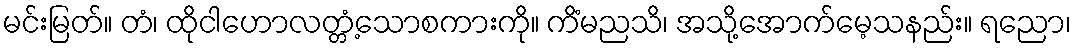
မင်းမြတ်။ တံ၊ ထိုငါဟောလတ္တံ့သောစကားကို။ ကိံမညသိ၊ အသို့အောက်မေ့သနည်း။ ရညော၊